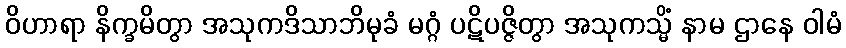
ဝိဟာရာ နိက္ခမိတွာ အသုကဒိသာဘိမုခံ မဂ္ဂံ ပဋိပဇ္ဇိတွာ အသုကသ္မိံ နာမ ဌာနေ ဝါမံ